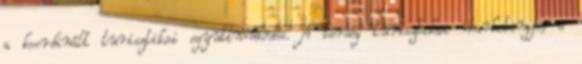
a koordinált turisztikai együttműködés. A térség turisztikai marketingje, a